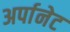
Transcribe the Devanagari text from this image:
अर्पानेट